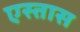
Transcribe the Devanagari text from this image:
एस्तास